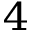
_ 4